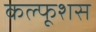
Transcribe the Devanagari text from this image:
कल्फूशस